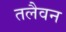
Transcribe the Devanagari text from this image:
तलैवन